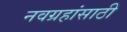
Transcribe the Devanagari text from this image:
नवग्रहांसाठी